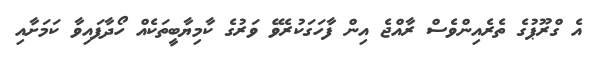
އެ ގްރޫޕުގެ ތެރެއިންވެސް ރާއްޖެ އިން ފާހަގަކުރެވޭ ވަރުގެ ކާމިޔާބީތަކެއް ހޯދާފައިވާ ކަމަށާއި